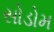
સોડોમ